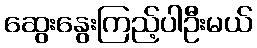
ဆွေးနွေးကြည့်ပါဦးမယ်